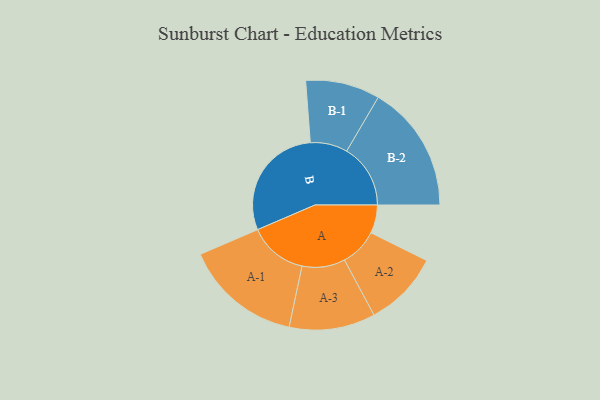
{"axis": {"x": "Segment", "y": "Value"}, "legend": ["", "A", "B"], "data": [{"x": "A", "y": 121, "type": ""}, {"x": "B", "y": 499, "type": ""}, {"x": "A-1", "y": 251, "type": "A"}, {"x": "A-2", "y": 162, "type": "A"}, {"x": "A-3", "y": 184, "type": "A"}, {"x": "B-1", "y": 159, "type": "B"}, {"x": "B-2", "y": 273, "type": "B"}]}